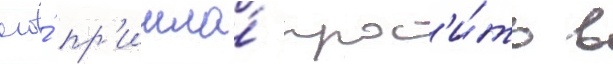
его́ пр'ишла́ прос'и́ть в